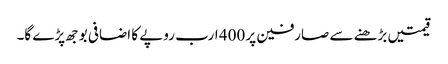
قیمتیں بڑھنے سے صارفین پر 400 ارب روپے کا اضافی بوجھ پڑے گا۔